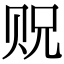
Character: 贶